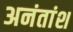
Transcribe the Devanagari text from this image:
अनंतांश